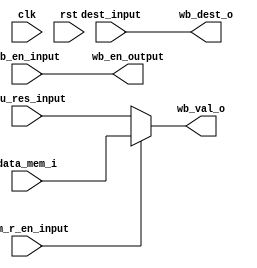
module WB_stage (
	input clk,
	input rst,

	input wb_en_input,
	input mem_r_en_input,
	input [3:0] dest_input,
	input [31:0] alu_res_input,
	input [31:0] data_mem_i,

	output wb_en_output,
	output [3:0] wb_dest_o,
	output [31:0] wb_val_o
);
  // mux
  assign wb_val_o = mem_r_en_input ? data_mem_i : alu_res_input;

	assign wb_dest_o = dest_input;
	assign wb_en_output = wb_en_input;

endmodule